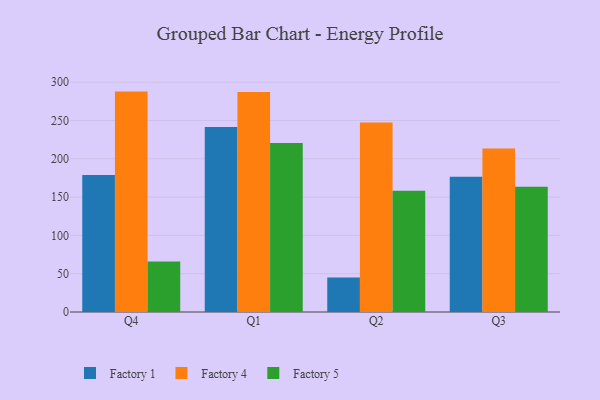
{"axis": {"x": "Quarter", "y": "Conversion Rate (%)"}, "legend": ["Factory 1", "Factory 4", "Factory 5"], "data": [{"x": "Q4", "y": 178.9, "type": "Factory 1"}, {"x": "Q4", "y": 287.7, "type": "Factory 4"}, {"x": "Q4", "y": 65.8, "type": "Factory 5"}, {"x": "Q1", "y": 241.6, "type": "Factory 1"}, {"x": "Q1", "y": 287.1, "type": "Factory 4"}, {"x": "Q1", "y": 220.6, "type": "Factory 5"}, {"x": "Q2", "y": 45.1, "type": "Factory 1"}, {"x": "Q2", "y": 247.3, "type": "Factory 4"}, {"x": "Q2", "y": 158.2, "type": "Factory 5"}, {"x": "Q3", "y": 176.5, "type": "Factory 1"}, {"x": "Q3", "y": 213.4, "type": "Factory 4"}, {"x": "Q3", "y": 163.4, "type": "Factory 5"}]}